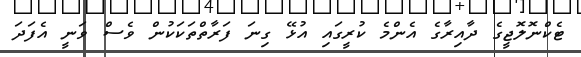
ޓެކްނޮލޮޖީގެ ދާއިރާގެ އެންމެ ކުރީގައި އުޅޭ ގިނަ ފަރާތްތަކަކުން ވެސް ވަނީ އެފަދަ